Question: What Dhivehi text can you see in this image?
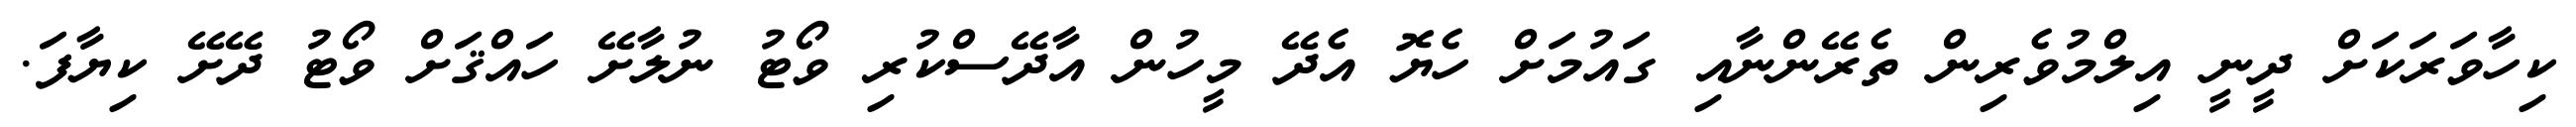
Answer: ކިހާވަރަކަށް ދީނީ އިލްމުވެރިން ތެރޭންނާއި ގައުމަށް ހެޔޮ އެދޭ މީހުން އާދޭސްކުރި ވޯޓު ނުލާށޭ ހައްޤަށް ވޯޓު ދޭށޭ ކިޔާފަ.